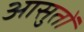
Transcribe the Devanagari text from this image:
आसुतों